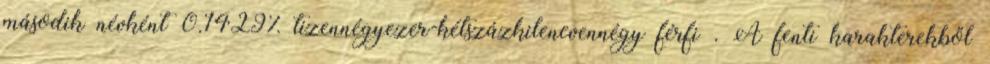
második névként 0.1429% tizennégyezer-kétszázkilencvennégy férfi . A fenti karakterekből